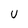
Character: U